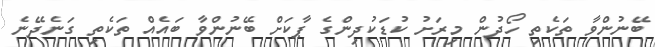
ބޭނުންވާ ތަކެތި ހޯދުން މިރަށު ކުޑަކުދިންގެ ޕާކަށް ބޭނުންވާ ބައެއް ތަކެތި ގަނެދޭނެ